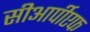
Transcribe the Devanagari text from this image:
सीआर्पीएफ